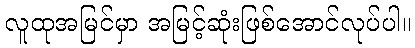
လူထုအမြင်မှာ အမြင့်ဆုံးဖြစ်အောင်လုပ်ပါ။